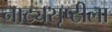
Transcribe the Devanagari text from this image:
नाट्यसृष्टीला